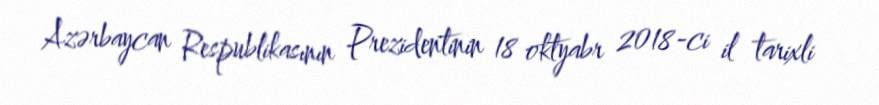
Azərbaycan Respublikasının Prezidentinin 18 oktyabr 2018-ci il tarixli